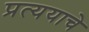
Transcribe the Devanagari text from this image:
प्रत्ययाचे